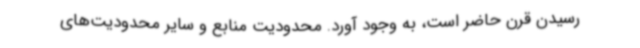
رسیدن قرن حاضر است، به وجود آورد. محدودیت منابع و سایر محدودیت‌های